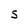
Character: S